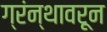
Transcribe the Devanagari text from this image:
ग्रंन्थावरून